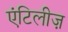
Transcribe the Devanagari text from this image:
एंटिलीज़